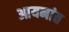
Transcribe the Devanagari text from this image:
आयनांत